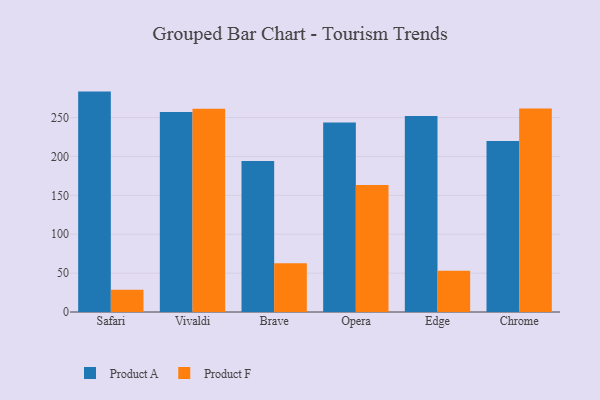
{"axis": {"x": "Browser", "y": "Gross Profit (USD K)"}, "legend": ["Product A", "Product F"], "data": [{"x": "Safari", "y": 283.4, "type": "Product A"}, {"x": "Safari", "y": 28.6, "type": "Product F"}, {"x": "Vivaldi", "y": 257.2, "type": "Product A"}, {"x": "Vivaldi", "y": 261.5, "type": "Product F"}, {"x": "Brave", "y": 194.2, "type": "Product A"}, {"x": "Brave", "y": 62.6, "type": "Product F"}, {"x": "Opera", "y": 243.6, "type": "Product A"}, {"x": "Opera", "y": 163.3, "type": "Product F"}, {"x": "Edge", "y": 252.1, "type": "Product A"}, {"x": "Edge", "y": 53.1, "type": "Product F"}, {"x": "Chrome", "y": 219.8, "type": "Product A"}, {"x": "Chrome", "y": 261.7, "type": "Product F"}]}